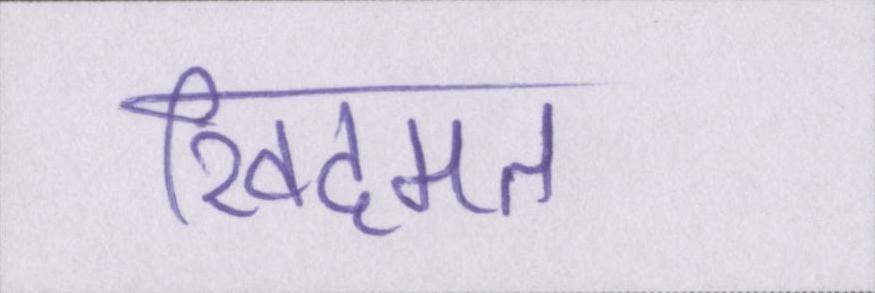
खिदमत